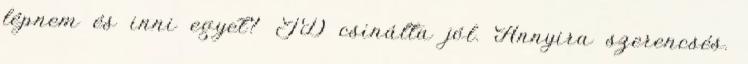
lépnem és inni egyet? JD csinálta jól. Annyira szerencsés.